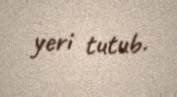
yeri tutub.